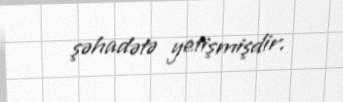
şəhadətə yetişmişdir.